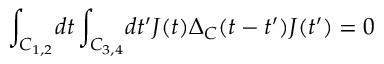
\int _ { C _ { 1 , 2 } } \! d t \int _ { C _ { 3 , 4 } } \! d t ^ { \prime } J ( t ) \Delta _ { C } ( t - t ^ { \prime } ) J ( t ^ { \prime } ) = 0